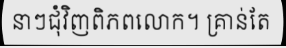
នាៗជុំវិញពិភពលោក។ គ្រាន់តែ